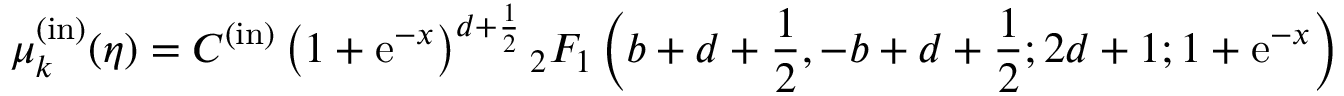
\mu _ { k } ^ { \mathrm { ( i n ) } } ( \eta ) = C ^ { ( \mathrm { i n ) } } \left( 1 + \mathrm { e } ^ { - x } \right) ^ { d + { \frac { 1 } { 2 } } } { } _ { 2 } F _ { 1 } \left( b + d + { \frac { 1 } { 2 } } , - b + d + { \frac { 1 } { 2 } } ; 2 d + 1 ; 1 + \mathrm { e } ^ { - x } \right)